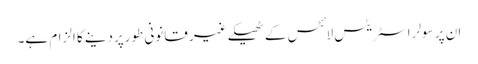
ان پر سولر اسٹریٹس لائٹس کے ٹھیکے غیر قانونی طورپردینے کا الزام ہے۔